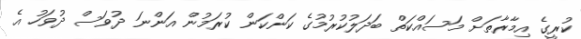
ކުރީގެ އިމާރާތަށް މަސައްކަތް ބަދަލުކުރުމުގެ ކަންކަން ކުރަމުން އަންނަ ދުވަސް ދުވަހު އެ